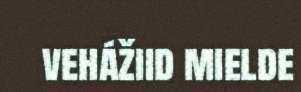
vehážiid mielde